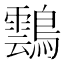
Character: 𪆚